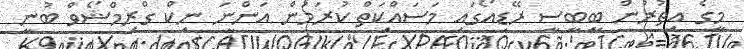
މީގެ އިތުރުން ބީބީސީ ރޭޑިއޯގައި މަސައްކަތް ކުރަމުން އަންނަ ނިކް ގްރިމްޝޯވް ބުނީ